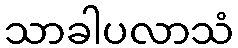
သာခါပလာသံ